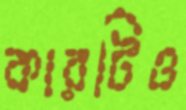
কারটিও